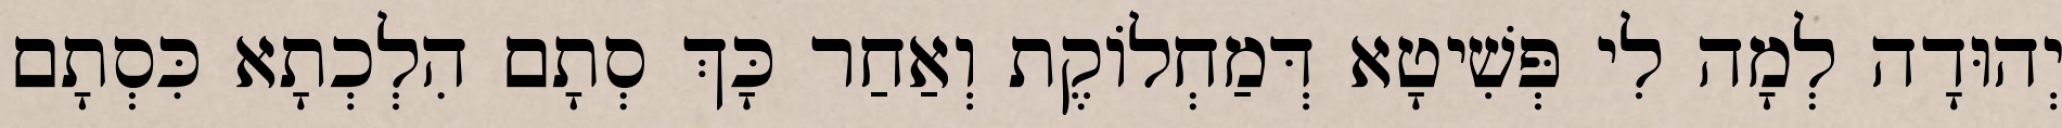
יְהוּדָה לְמָה לִי פְּשִׁיטָא דְּמַחְלוֹקֶת וְאַחַר כָּךְ סְתָם הִלְכְתָא כִּסְתָם